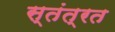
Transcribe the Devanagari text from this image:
स्‍तंत्रत